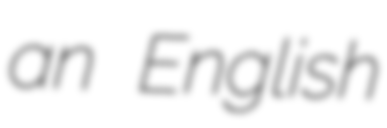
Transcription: an English